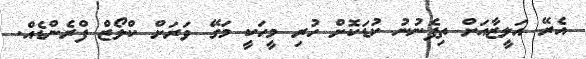
އެރޭ އަލީޒާއަށް ތިފެނުނު ކުޑަކޮށް ހުރި މީހަކީ މަގޭ ވަރަށް ކްލޯޒް ފްރެންޑެއް.